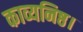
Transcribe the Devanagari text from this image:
काव्यनिष्ठ।